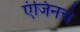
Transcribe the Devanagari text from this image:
एंजिनचे